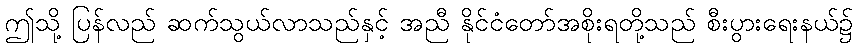
ဤသို့ ပြန်လည် ဆက်သွယ်လာသည်နှင့် အညီ နိုင်ငံတော်အစိုးရတို့သည် စီးပွားရေးနယ်၌